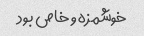
خوشمزه و خاص بود